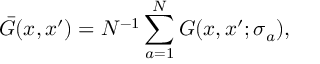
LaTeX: \bar { G } ( x , x ^ { \prime } ) = N ^ { - 1 } \sum _ { a = 1 } ^ { N } G ( x , x ^ { \prime } ; \sigma _ { a } ) ,